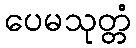
ပေမသုတ္တံ